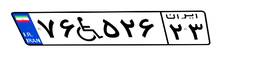
۷۶W۵۲۶۲۳